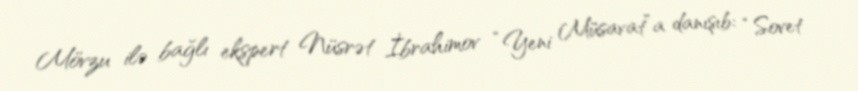
Mövzu ilə bağlı ekspert Nüsrət İbrahimov “Yeni Müsavat”a danışıb: “Sovet